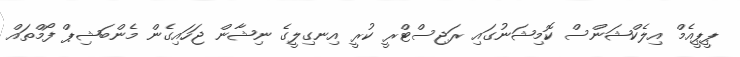
ޕީޕީއެމް އިލެކްޝަންސް ކޮމިޝަނުގައި ރަޖިސްޓްރީ ކުރީ އިނގިލީގެ ނިޝާން ޖަހައިގެން މެންބަޝިޕް ފޯމްތައް